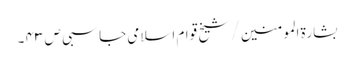
بشارۃ المومنین / شیخ قوام اسلامی جاسبی ص ۴۳ ۔